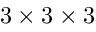
3 \times 3 \times 3